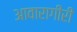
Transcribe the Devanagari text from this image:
आवारागीरी